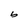
Character: b